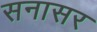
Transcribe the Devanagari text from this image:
सनासर